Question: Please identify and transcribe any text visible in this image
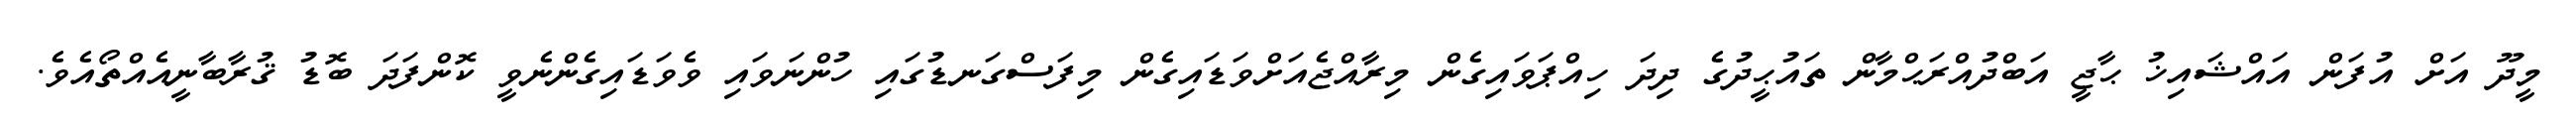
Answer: މީދޫ އަށް އުފަން އައްޝައިޚު ޙާޖީ އަބްދުއްރަޙްމާން ތައުޙީދުގެ ދިދަ ހިއްޕަވައިގެން މިރާއްޖެއަށްވަޑައިގެން މިފަސްގަނޑުގައި ހުންނަވައި ވެވަޑައިގެންނެވީ ކޮންފަދަ ބޮޑު ޤުރާބާނީއެއްތޯއެވެ.